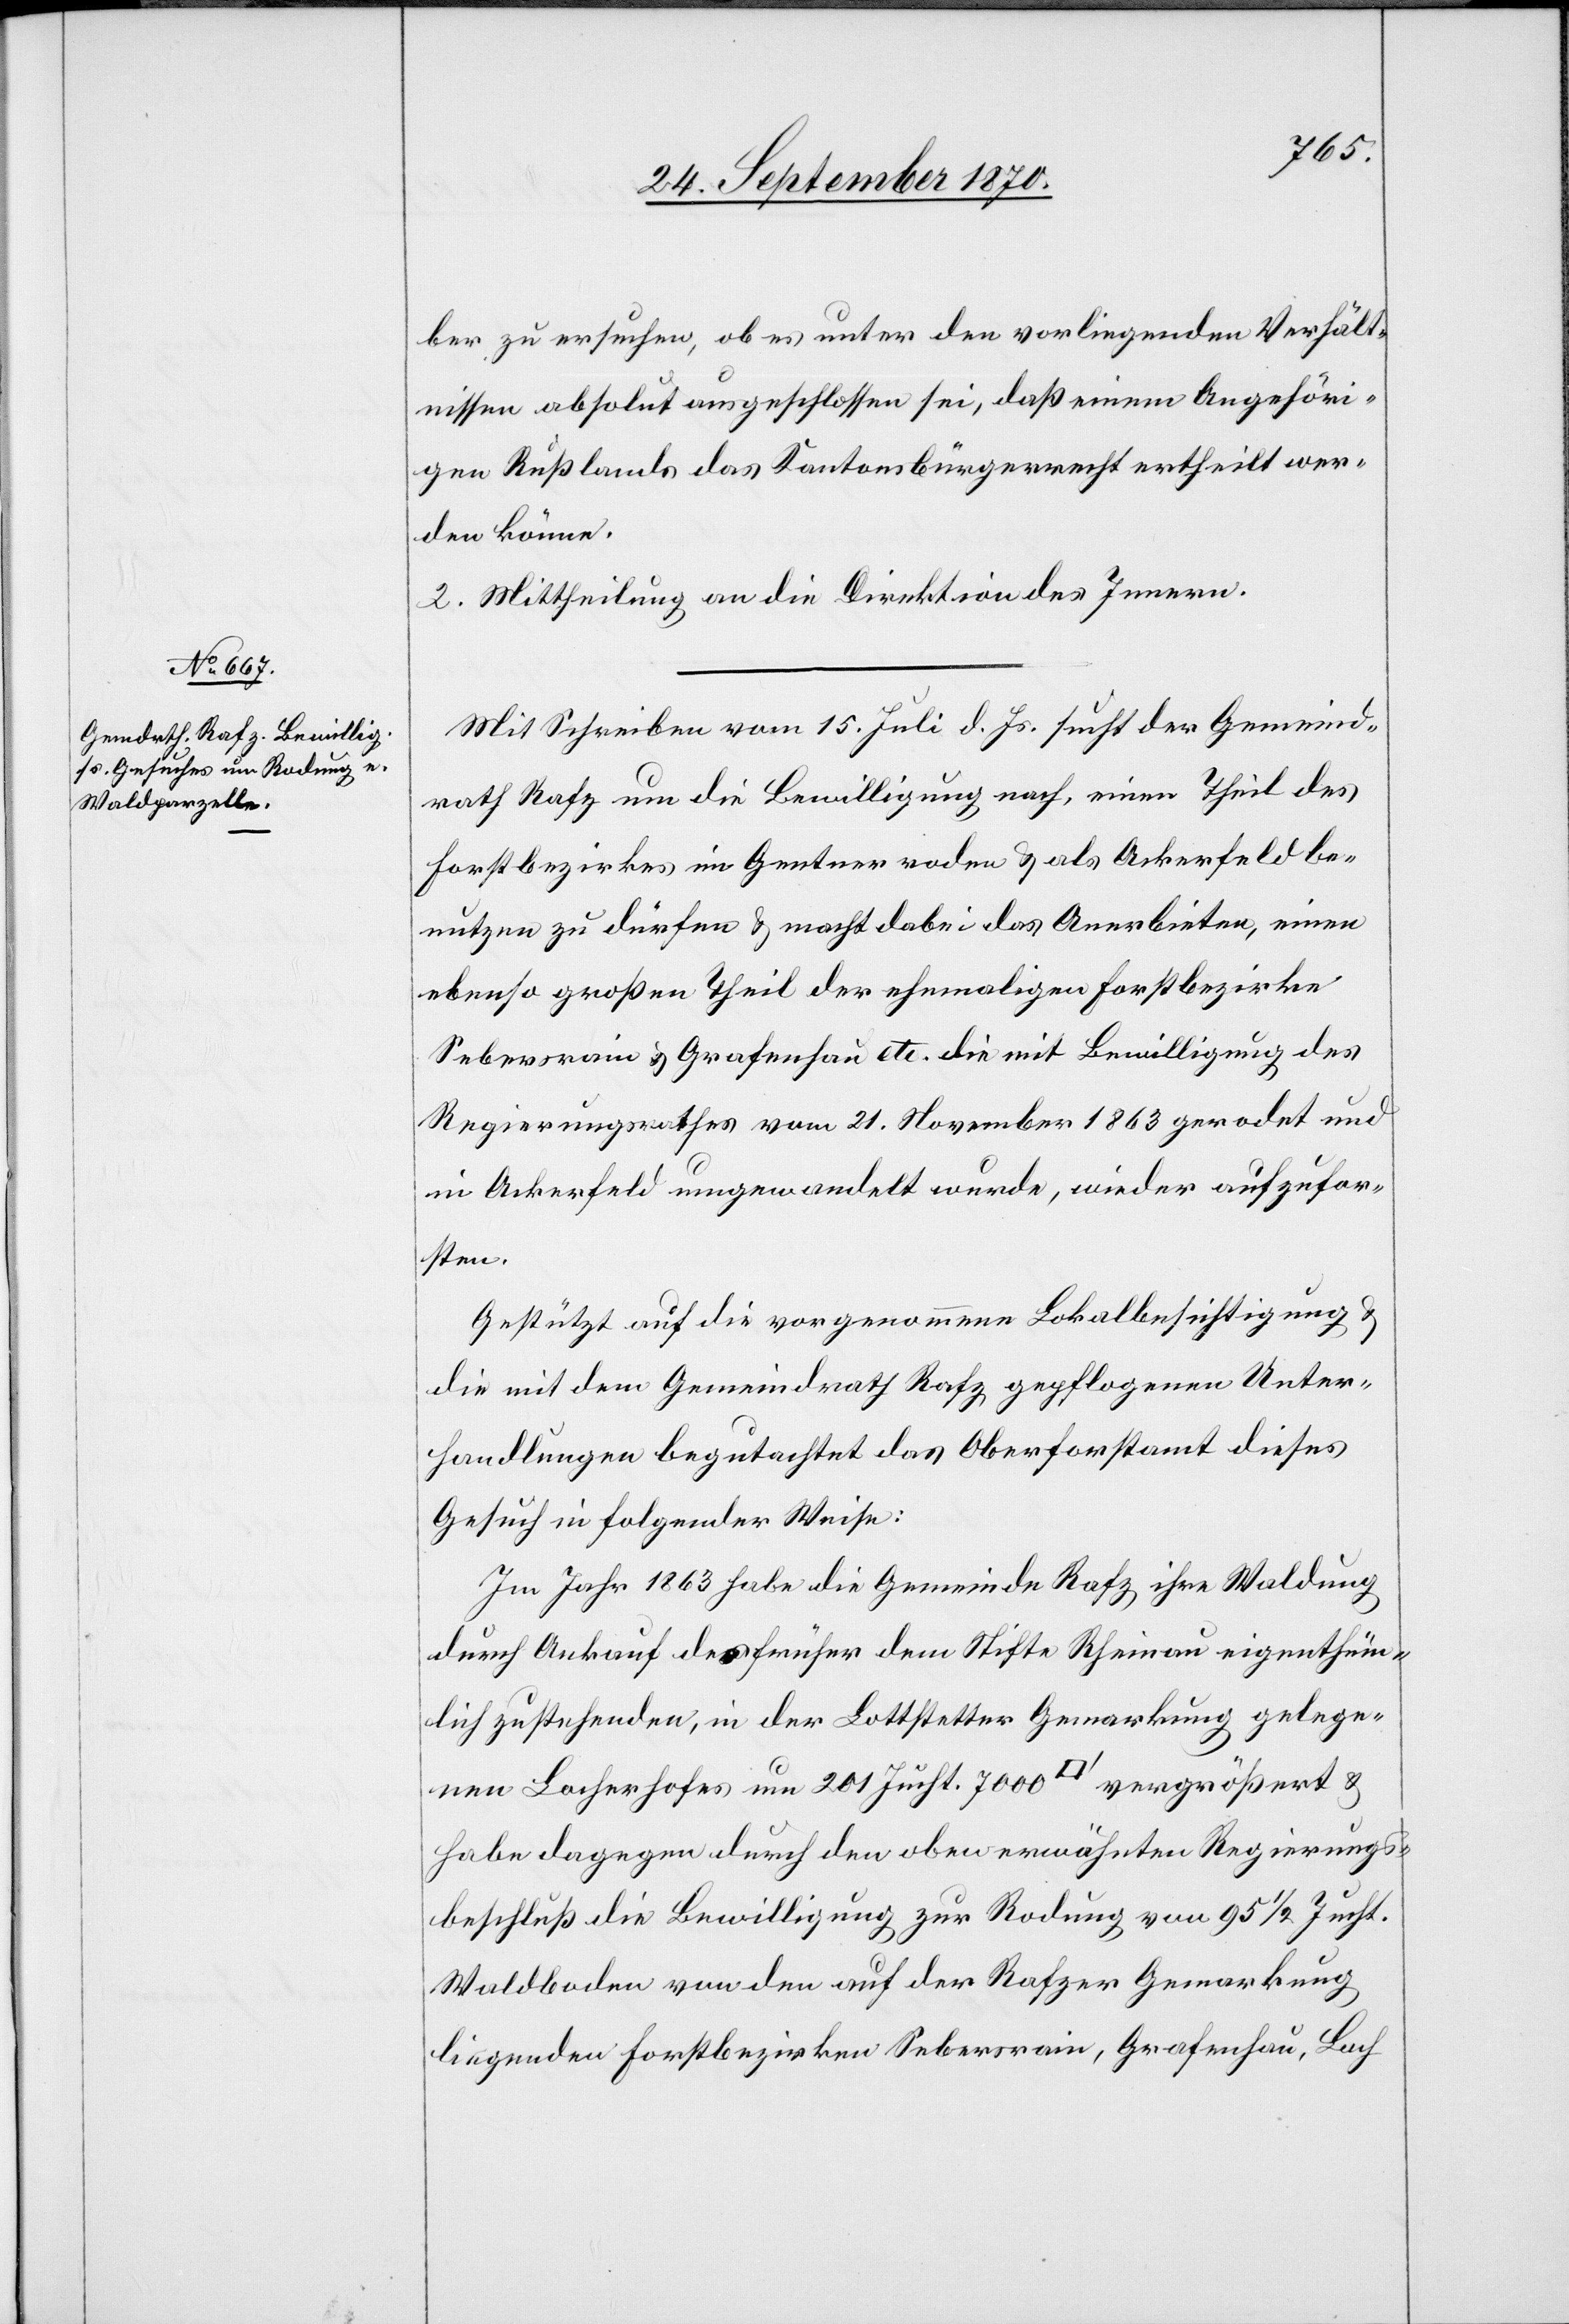
ber zu ersuchen, ob es unter den vorliegenden Verhält¬
nissen absolut ausgeschlossen sei, daß einem Angehöri¬
gen Rußlands das Kantonsbürgerrecht ertheilt wer¬
den könne.
2. Mittheilung an die Direktion des Innern.
Mit Schreiben vom 15. Juli d. Js. sucht der Gemeind¬
rath Rafz um die Bewilligung nach, einen Theil des
Forstbezirkes im Gentner roden & als Ackerfeld be¬
nutzen zu dürfen & macht dabei das Anerbieten, einen
ebenso großen Theil der ehemaligen Forstbezirke
Sebersrain & Grafenhau etc. die mit Bewilligung des
Regierungsrathes vom 21. November 1863 gerodet und
in Ackerfeld umgewandelt wurde[n], wieder aufzufor¬
sten.
Gestützt auf die vorgenommene Lokalbesichtigung &
die mit dem Gemeindrath Rafz gepflogenen Unter¬
handlungen begutachtet das Oberforstamt dieses
Gesuch in folgender Weise:
Im Jahr 1863 habe die Gemeinde Rafz ihre Waldung
durch Ankauf der früher dem Stifte Rheinau eigenthüm¬
lich zustehenden, in der Lotstetter Gemarkung gelege¬
nen Locherhofes um 201 Jucht. 7000 [Quadratfuss] vergrößert &
habe dagegen durch den oben erwähnten Regierungs¬
beschluß die Bewilligung zur Rodung von 95 1/2 Jucht.
Waldboden von den auf der Rafzer Gemarkung
liegenden Forstbezirken Sebersrain, Grafenhau, Loch